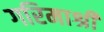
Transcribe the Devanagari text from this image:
गरिमाश्री